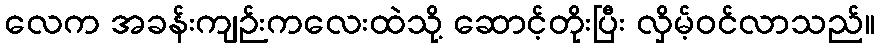
လေက အခန်းကျဉ်းကလေးထဲသို့ ဆောင့်တိုးပြီး လှိမ့်ဝင်လာသည်။